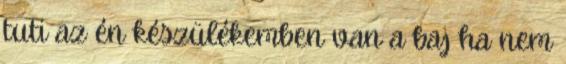
tuti az én készülékemben van a baj ha nem